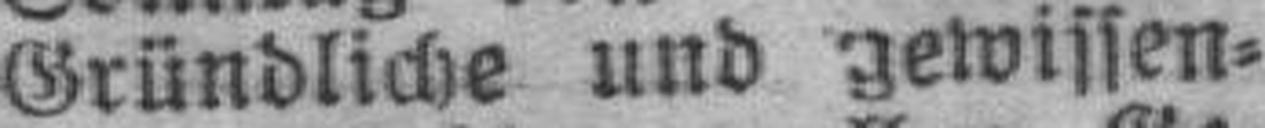
Gründliche und gewissen¬